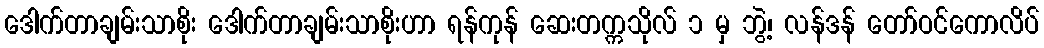
ဒေါက်တာချမ်းသာစိုး ဒေါက်တာချမ်းသာစိုးဟာ ရန်ကုန် ဆေးတက္ကသိုလ် ၁ မှ ဘွဲ့၊ လန်ဒန် တော်ဝင်ကောလိပ်